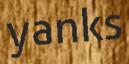
yanks